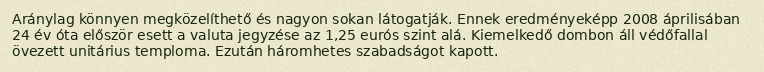
Aránylag könnyen megközelíthető és nagyon sokan látogatják. Ennek eredményeképp 2008 áprilisában 24 év óta először esett a valuta jegyzése az 1,25 eurós szint alá. Kiemelkedő dombon áll védőfallal övezett unitárius temploma. Ezután háromhetes szabadságot kapott.